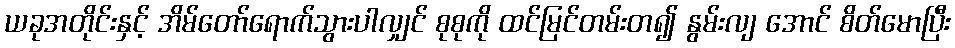
ယခုအတိုင်းနှင့် အိမ်တော်ရောက်သွားပါလျှင် စုစုကို ထင်မြင်တမ်းတ၍ နွမ်းလျ အောင် စိတ်မောပြီး